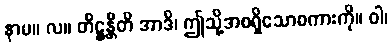
နာမ။ လ။ တိဋ္ဌန္တီတိ အာဒိ၊ ဤသို့အစရှိသောစကားကို။ ဝါ၊